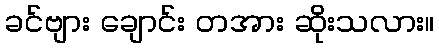
ခင်ဗျား ချောင်း တအား ဆိုးသလား။